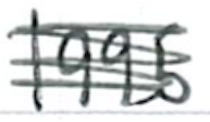
Text: 1995
Cross-out: scratch
Writing tool: ballpoint